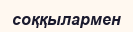
соққылармен